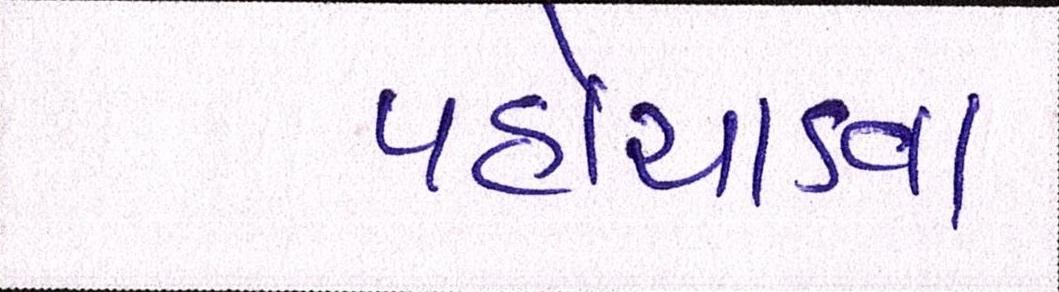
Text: પહોંચાડવા